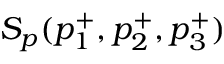
S _ { p } ( p _ { 1 } ^ { + } , p _ { 2 } ^ { + } , p _ { 3 } ^ { + } )